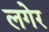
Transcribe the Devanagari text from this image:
लगेर